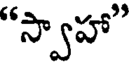
"స్వాహా"